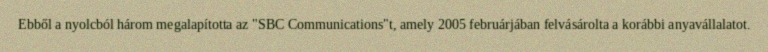
Ebből a nyolcból három megalapította az "SBC Communications"t, amely 2005 februárjában felvásárolta a korábbi anyavállalatot.